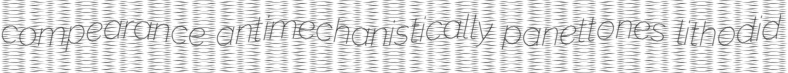
compearance antimechanistically panettones lithodid